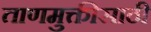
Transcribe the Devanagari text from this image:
ताणमुक्तीसाठी